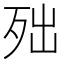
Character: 𣧪